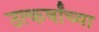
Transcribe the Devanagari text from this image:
उत्कर्षांच्या